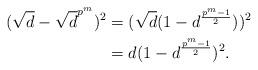
LaTeX: \begin{align*} (\sqrt{d} - \sqrt{d}^{p^m})^2 &= (\sqrt{d}(1 - d^{\frac{p^m-1}{2}}))^2 \\ &= d (1 - d^{\frac{p^m-1}{2}})^2.\end{align*}